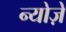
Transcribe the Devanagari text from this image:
न्योज़े